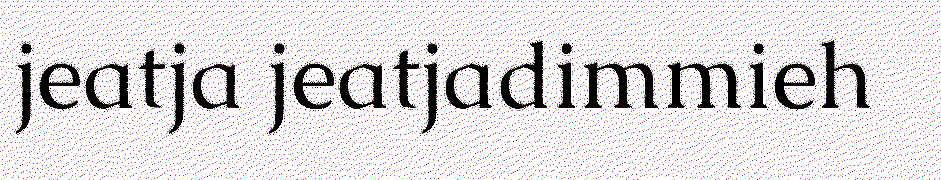
jeatja jeatjadimmieh